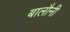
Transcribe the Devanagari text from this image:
बालौनी